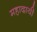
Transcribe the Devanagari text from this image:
महादायी